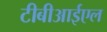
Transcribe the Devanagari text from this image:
टीबीआईएल